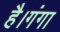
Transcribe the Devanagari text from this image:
है।गंगा